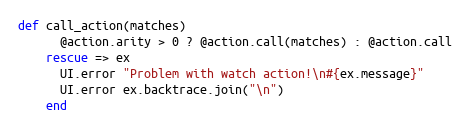
Language: Ruby
def call_action(matches)
      @action.arity > 0 ? @action.call(matches) : @action.call
    rescue => ex
      UI.error "Problem with watch action!\n#{ex.message}"
      UI.error ex.backtrace.join("\n")
    end